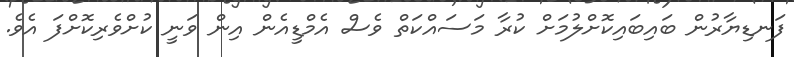
ފަނޑިޔާރުން ބައިބައިކޮށްލުމަށް ކުރާ މަސައްކަތް ވެސް އެމްޑީއެން އިން ވަނީ ކުށްވެރިކޮށްފަ އެވެ.